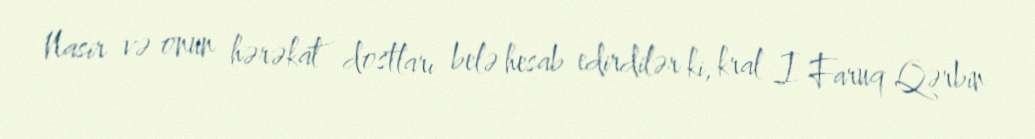
Nasir və onun hərəkat dostları belə hesab edirdilər ki, kral I Faruq Qərbin